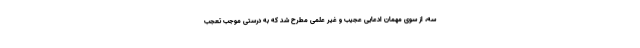
سه، از سوى مهمان ادعایى عجیب و غیر علمی مطرح شد که به درستی موجب تعجب